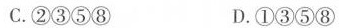
C.②③⑤⑧ D.①③⑤⑧